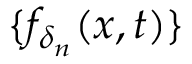
\{ f _ { \delta _ { n } } ( x , t ) \}